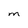
Character: M